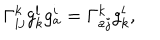
LaTeX: \Gamma _ { i j } ^ { k } g _ { k } ^ { l } g _ { a } ^ { i } = \Gamma _ { a j } ^ { k } g _ { k } ^ { l } ,